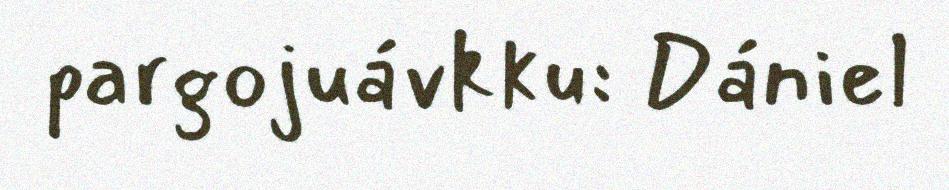
pargojuávkku: Dániel